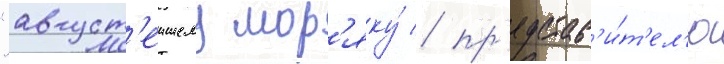
"август'еишему мор'яку́ / пр'едстав'и́т'ел'ю